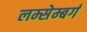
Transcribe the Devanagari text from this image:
लम्सेम्बर्ग